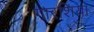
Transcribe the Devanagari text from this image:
गारशिया